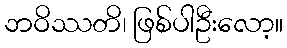
ဘဝိဿတိ၊ ဖြစ်ပါဦးလော့။